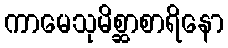
ကာမေသုမိစ္ဆာစာရိနော